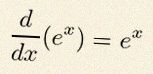
\frac{d}{dx}(e^x)=e^x